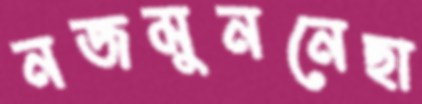
নজমুননেছা